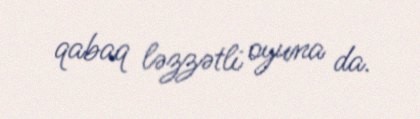
qabaq ləzzətli oyuna da.